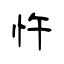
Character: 忤